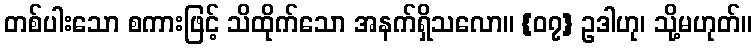
တစ်ပါးသော စကားဖြင့် သိထိုက်သော အနက်ရှိသလော။ {၀၇} ဥဒါဟု၊ သို့မဟုတ်။